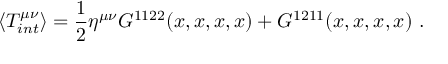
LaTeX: \langle T _ { i n t } ^ { \mu \nu } \rangle = \frac { 1 } { 2 } \eta ^ { \mu \nu } { \cal { G } } ^ { 1 1 2 2 } ( x , x , x , x ) + { \cal { G } } ^ { 1 2 1 1 } ( x , x , x , x ) \ .